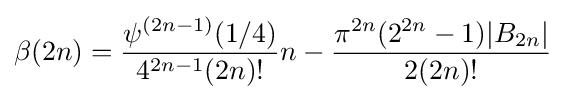
\beta (2n)={\frac {\psi ^{(2n-1)}(1/4)}{4^{2n-1}(2n)!}}n-{\frac {\pi ^{2n}(2^{2n}-1)|B_{2n}|}{2(2n)!}}